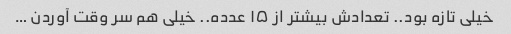
خیلی تازه بود.. تعدادش بیشتر از ۱۵ عدده.. خیلی هم سر وقت آوردن …